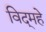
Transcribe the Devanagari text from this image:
विद्‌महे